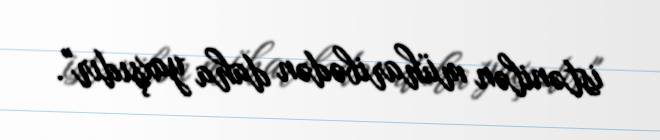
istənilən müharibədən daha yaxşıdır".